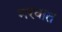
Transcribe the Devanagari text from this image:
मरवात